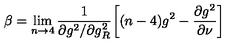
\beta = \lim _ { n \rightarrow 4 } \frac { 1 } { { \partial g ^ { 2 } } / { \partial g _ { R } ^ { 2 } } } \biggl [ ( n - 4 ) g ^ { 2 } - \frac { { \partial g ^ { 2 } } } { { \partial \nu } } \biggr ]